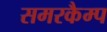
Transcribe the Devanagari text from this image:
समरकैम्प